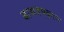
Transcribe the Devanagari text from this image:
बासवपट्टनम